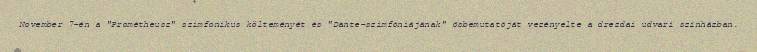
November 7-én a "Prométheusz" szimfonikus költeményét és "Dante-szimfóniájának" ősbemutatóját vezényelte a drezdai udvari színházban.